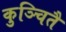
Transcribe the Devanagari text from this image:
कुञ्चितै